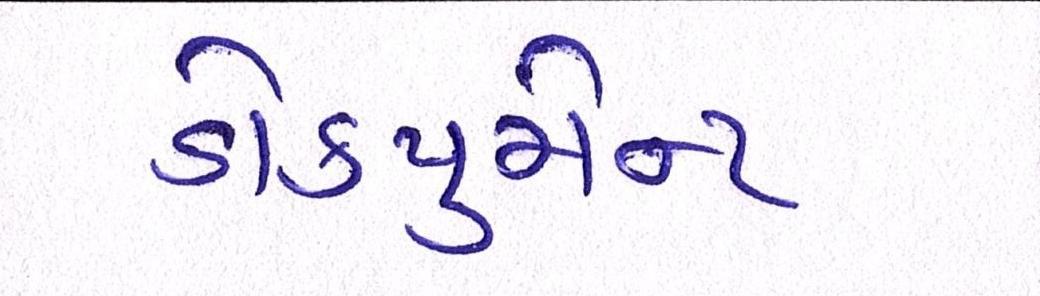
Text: ડોકયુમેન્ટ